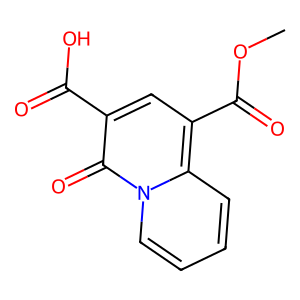
SMILES: COC(=O)c1cc(C(=O)O)c(=O)n2ccccc12
Inhibits HIV replication: No